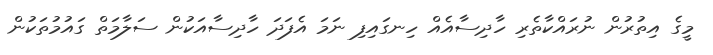
މީގެ އިތުރުން ނުރައްކާތެރި ހާދިސާއެއް ހިނގައިފި ނަމަ އެފަދަ ހާދިސާއަކުން ސަލާމަތް ގައުމުތަކުން